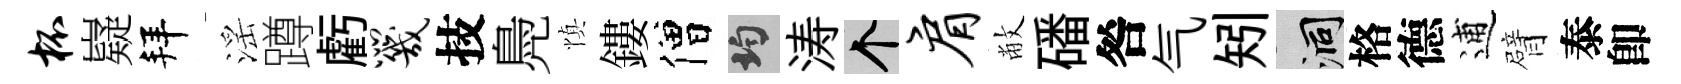
杯嶷拜滛蹲虧咒技鳧慎鏤僧均涛个肩敝磻咎气矧洞格德逋臂泰卽